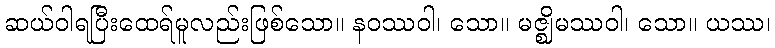
ဆယ်ဝါရပြီးထေရ်မူလည်းဖြစ်သော။ နဝဿဝါ၊ သော။ မဇ္ဈိမဿဝါ၊ သော။ ယဿ၊